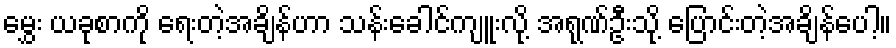
မွှေး ယခုစာကို ရေးတဲ့အချိန်ဟာ သန်းခေါင်ကျူးလို့ အရုဏ်ဦးသို့ ပြောင်းတဲ့အချိန်ပေါ့။